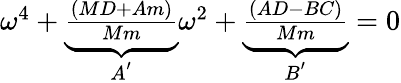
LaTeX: \begin{array}{r}{\omega^{4}+\underbrace{\frac{(MD+Am)}{Mm}}_{A^{'}}\omega^{2}+\underbrace{\frac{(AD-BC)}{Mm}}_{B^{'}}=0}\end{array}